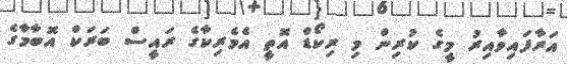
އަރާފައިވާއިރު މީގެ ކުރިން މި ރިކޯޑް އޮތީ އެމެރިކާގެ ރައީސް ބަރަކް އޮބާމާގެ